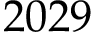
2 0 2 9